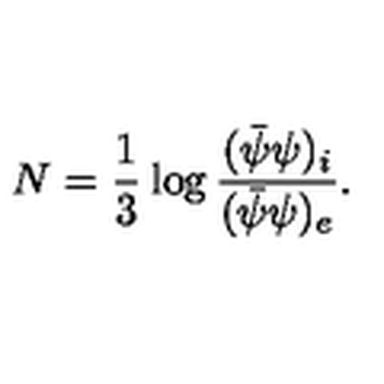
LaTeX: N = \frac { 1 } { 3 } \log \frac { ( \bar { \psi } { \psi } ) _ { i } } { ( \bar { \psi } { \psi } ) _ { e } } .